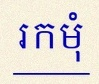
រកមុំ